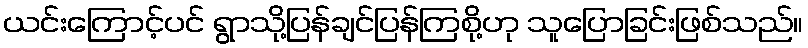
ယင်းကြောင့်ပင် ရွာသို့ပြန်ချင်ပြန်ကြစို့ဟု သူပြောခြင်းဖြစ်သည်။